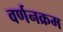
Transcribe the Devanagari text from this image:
वर्णनक्रम